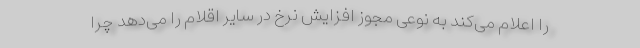
را اعلام می‌کند به نوعی مجوز افزایش نرخ‌ در سایر اقلام را می‌دهد چرا